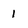
Character: I